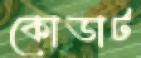
কোডাট